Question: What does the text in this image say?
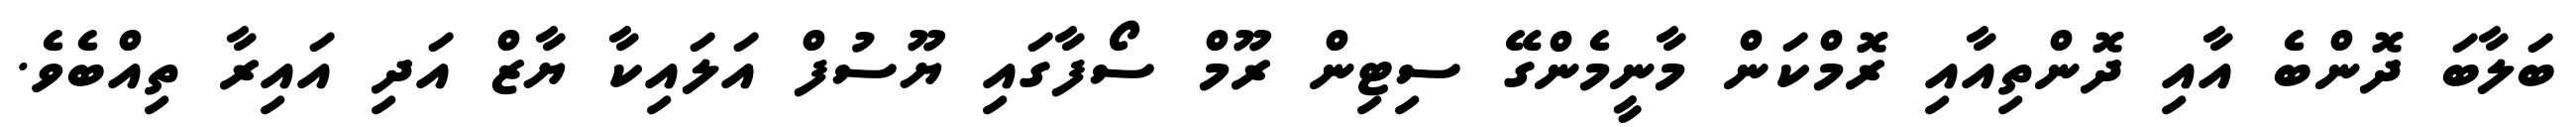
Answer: ބަލާބަ ދޮންބެ އާއި ދޮންތިއާއި ރޮމްކަން މާނީމެންގޭ ސިޓިން ރޫމް ސޯފާގައި ޔޫސުފް އަލައިކާ ޔާޒް އަދި އައިރާ ތިއްބެވެ.